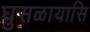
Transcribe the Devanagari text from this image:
घुसळायासि